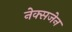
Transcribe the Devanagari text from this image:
नेक्सजेन